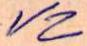
VZ